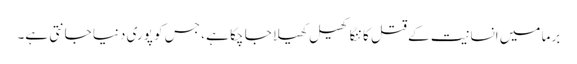
برما میں انسانیت کے قتل کا ننگا کھیل کھیلا جا چکا ہے ، جس کو پوری دنیا جانتی ہے۔